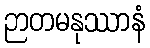
ဉာတမနုဿာနံ